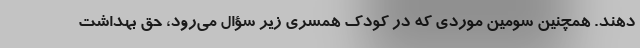
دهند. همچنین سومین موردی که در کودک همسری زیر سؤال می‌رود، حق بهداشت